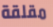
مقلقة